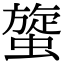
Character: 䗠